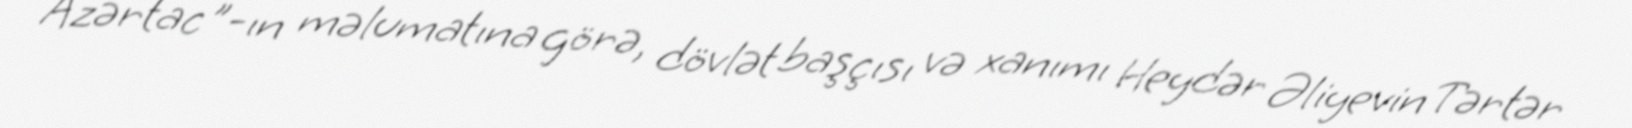
Azərtac"-ın məlumatına görə, dövlət başçısı və xanımı Heydər Əliyevin Tərtər